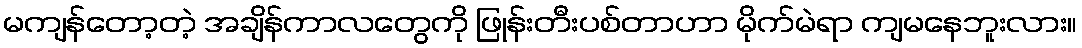
မကျန်တော့တဲ့ အချိန်ကာလတွေကို ဖြုန်းတီးပစ်တာဟာ မိုက်မဲရာ ကျမနေဘူးလား။